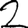
Digit: 2